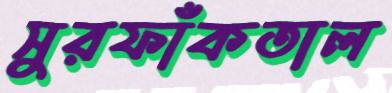
সুরফাঁকতাল